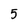
Character: 5